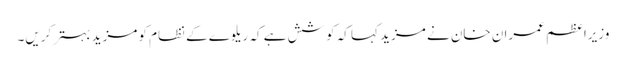
وزیراعظم عمران خان نے مزید کہا کہ کوشش ہے کہ ریلوے کے نظام کو مزید بہتر کریں۔